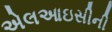
એલઆઇસીની